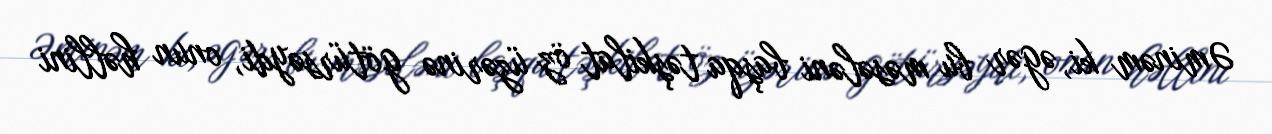
Əminəm ki, əgər bu məsələni başqa təşkilat öz üzərinə götürsəydi, onun həllini